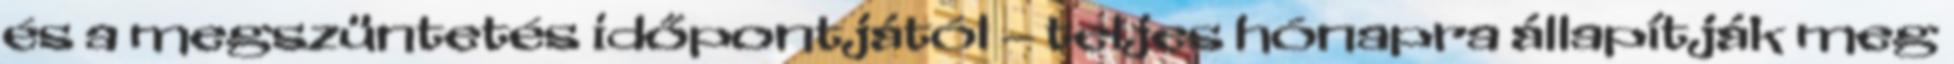
és a megszüntetés időpontjától – teljes hónapra állapítják meg